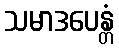
သမာဒပေန္တံ